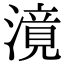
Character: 𣽾